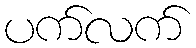
ပက်လက်